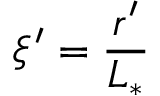
\xi ^ { \prime } = \frac { r ^ { \prime } } { L _ { \ast } }